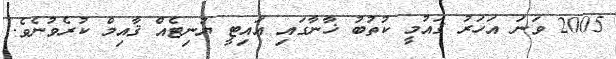
2005 ވަނަ އަހަރު ޤައުމީ ކުތުބު ޚާނާގައި އައިޓީ ޔުނިޓެއް ޤާއިމް ކުރެވުނެވެ.